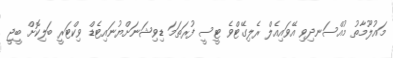
މައުލޫމާތު މުއްސަނދިވި އޭވައިއެލް ރެލިގޭޓްވެ ޓީސީ ފުރަތަމަ ޑިވިޝަނަށްޔުނައިޓެޑް ވިކްޓަރީ ބަލިކޮށް ބީޖީ